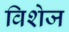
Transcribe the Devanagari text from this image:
विशेज